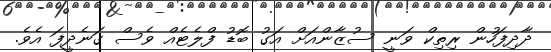
ދާދިފަހުން ރިތިކް ވަނީ ސުޒާންއަށް އަގު ބޮޑު ފްލެޓެއް ވެސް ގަނެދީފަ އެވެ.